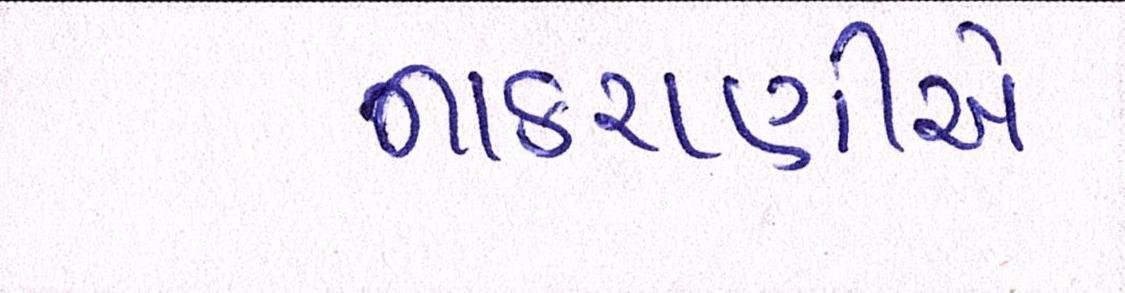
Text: નાકરાણીએ